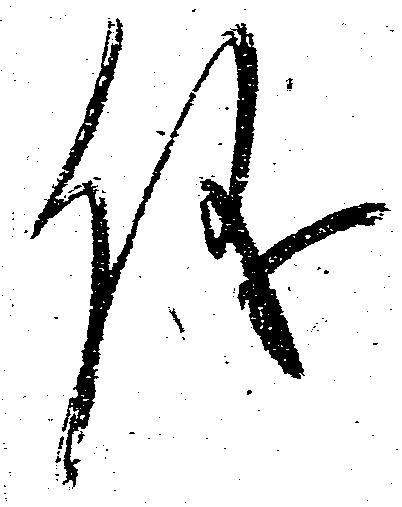
儀